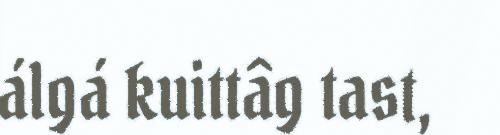
álgá kuittâg tast,